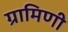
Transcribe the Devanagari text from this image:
ग्रामिणी